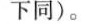
下同)。